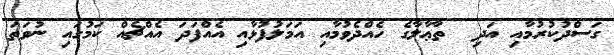
ގަސްދުކުރުމާއި އަދި  ތާޢާލާގެ ހެއްދެވުމާއި އަމަލުފުޅާއި އެއްފަދަ އެއްޗެއް ކަމުގައި ނުވަތަ